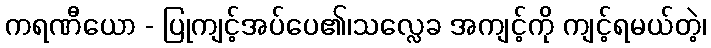
ကရဏီယော - ပြုကျင့်အပ်ပေ၏၊သလ္လေခ အကျင့်ကို ကျင့်ရမယ်တဲ့၊